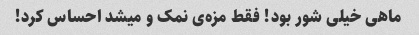
ماهی خیلی شور بود! فقط مزه‌ی نمک و میشد احساس کرد!